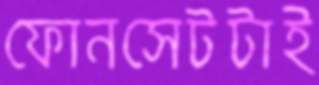
ফোনসেটটাই